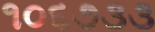
૧૦૬૭૩૩